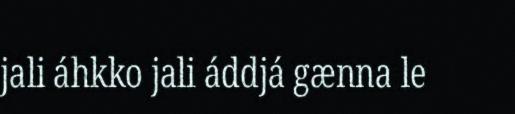
jali áhkko jali áddjá gænna le